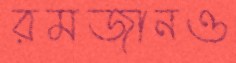
রমজানও